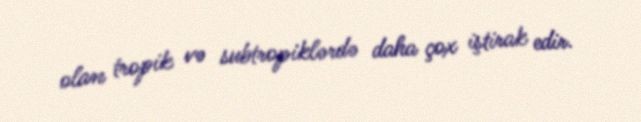
olan tropik və subtropiklərdə daha çox iştirak edir.